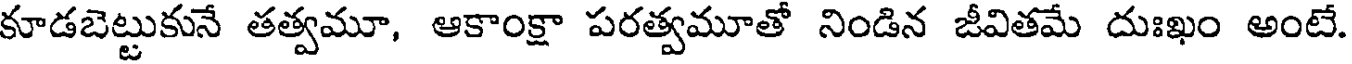
కూడబెట్టుకునే తత్వమూ, ఆకాంక్షా పరత్వమూతో నిండిన జీవితమే దుఃఖం అంటే.